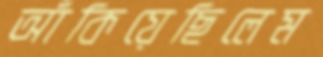
আঁকিয়েছিলেম